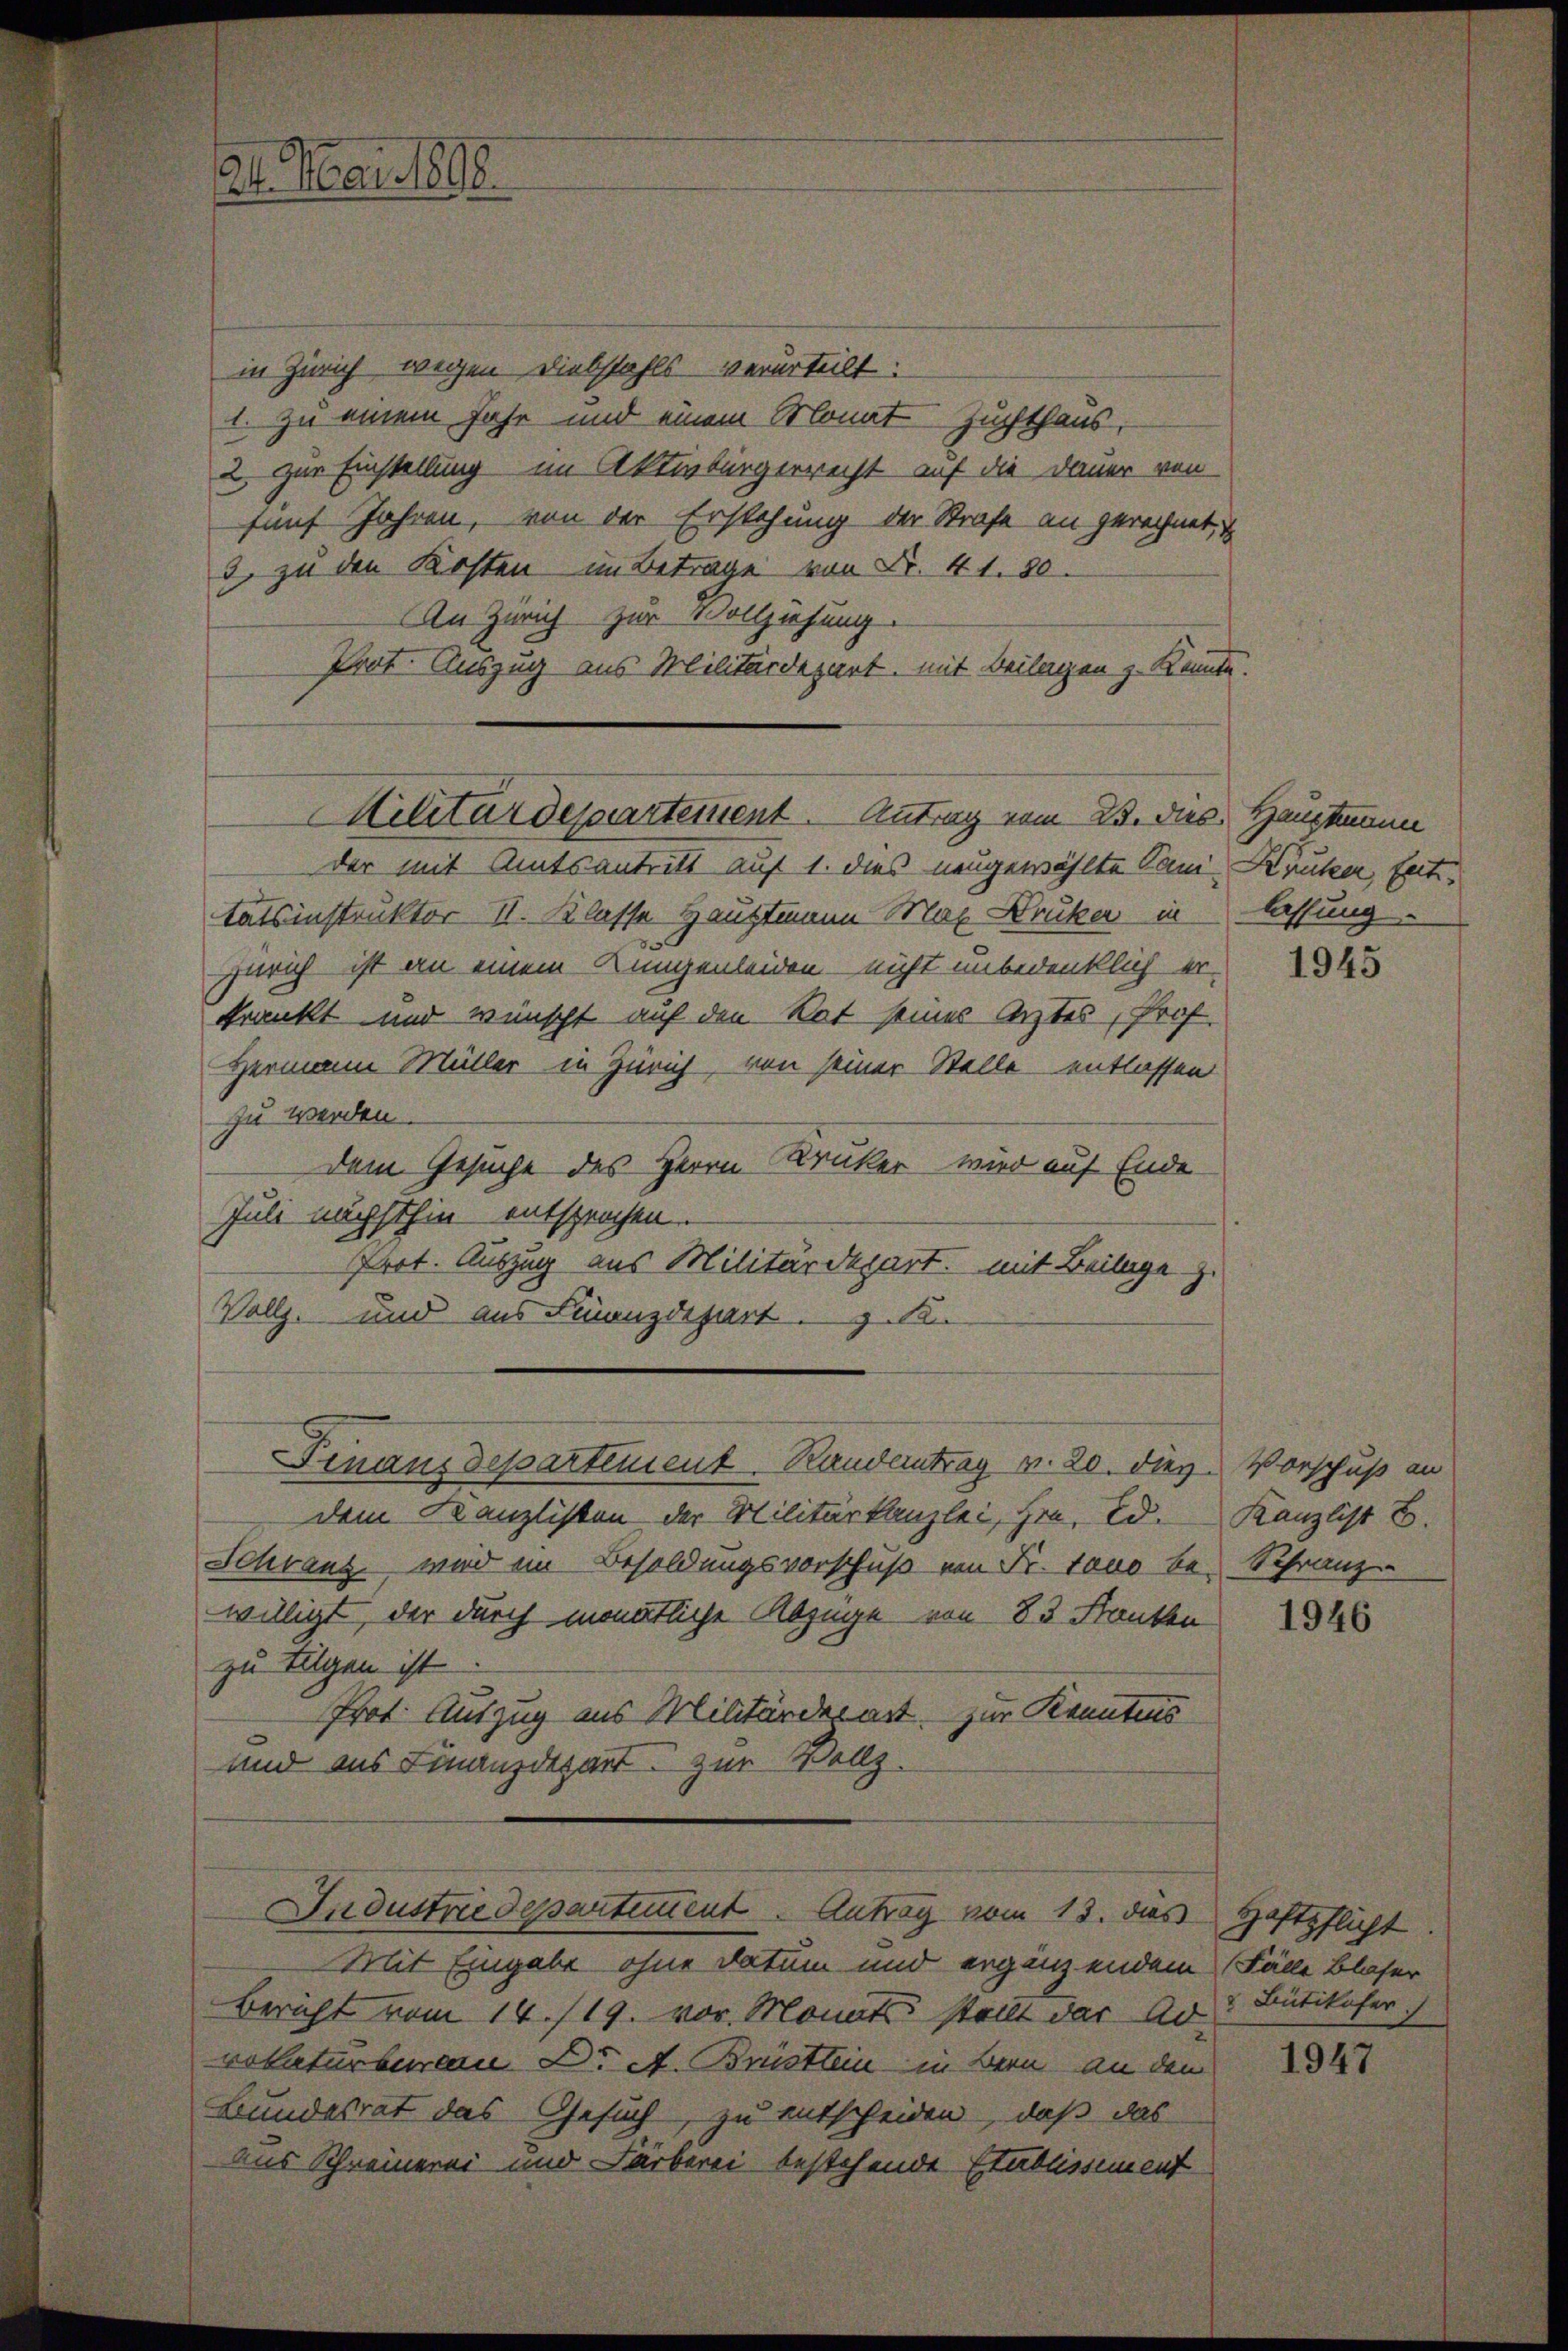
24. Mai 1898.

in Zürich, wegen Diebstahls verurteilt:
1. zu einem Jahr und einem Monat Zuchthaus,
2. zur Einstellung im Aktivbürgerrecht auf die Dauer von
fünf Jahren, von der Erstehung der Strafe an gerechnet,
3. zu den Kosten im Betrage von Fr. 41. 80.
An Zürich zur Vollziehung.
Prot. Auszug aus Militärdepart, mit Beilagen z. Konnte
der mit Amtsantritt auf 1. dies neugewählte Sam Drucker, faitetätsinstruktor 11. Klasse Hauptmann Max Druker in
Zürich ist an einem Lungenleiden - nicht unbedenklich er-
krankt und wünscht auf den Rat seines Arztes Prof.
Hermann Müller in Zürich, von seiner Stelle entlassen
zu werden.
dem Gesuche des Herrn Kruker wird auf Ende
Juli nächsthin entsprochen.
Prot. Auszug aus Militärdepart, mit Beilage z.
Vollz, und aus Finanzdepart z. B.
Fenaus Departement Randertrag v. 20. dies Vorschuß an
dem Kanzlisten der Militärkanzlei, Hrn. Ed. Kanzlist B.
Schranz wird im Besoldungsvorschuß von Fr. Tano be- Schranz
willigt, der durch monatliche Abzüge von 83. Franken
zu tilgen ist
Prot. Auszug aus Militärderart zur Kenntnis
und aus Finanzdepart zur Vollz
Industriedepartement. Antrag vom 13. dies Haftpflicht.
Mit Eingabe ohne Datum und ergänzendem Fälle Blaser
Bericht vom 14. /19. vor Monats stellt das Ad-
volaturbureau Dr. A. Brüstlein - in Bern an den
Bundesrat das Gesuch, zu entscheiden, daß das
aus Schreinerei und Färberei bestehende Etablissement

Militärdeparteient. Antrag vom 23. des Hauptm

lassung

1945

1946

Bütikofer

1947